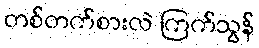
တစ်တက်စားလဲ ကြက်သွန်